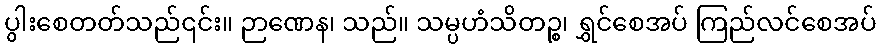
ပွါးစေတတ်သည်၎င်း။ ဉာဏေန၊ သည်။ သမ္ပဟံသိတဉ္စ၊ ရွှင်စေအပ် ကြည်လင်စေအပ်